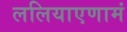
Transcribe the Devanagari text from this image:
ललियाएणामं